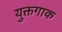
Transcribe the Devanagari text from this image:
युक्तगाक